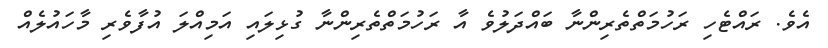
އެވެ. ރައްޓެހި ރަހުމަތްތެރިންނާ ބައްދަލުވެ އާ ރަހުމަތްތެރިންނާ ގުޅިލައި އަމިއްލަ އުފާވެރި މާހައުލެއް